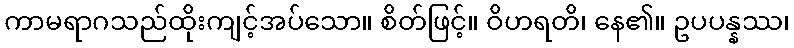
ကာမရာဂသည်ထိုးကျင့်အပ်သော။ စိတ်ဖြင့်။ ဝိဟရတိ၊ နေ၏။ ဥပပန္နဿ၊